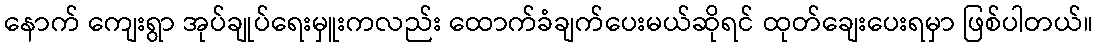
နောက် ကျေးရွာ အုပ်ချုပ်ရေးမှူးကလည်း ထောက်ခံချက်ပေးမယ်ဆိုရင် ထုတ်ချေးပေးရမှာ ဖြစ်ပါတယ်။